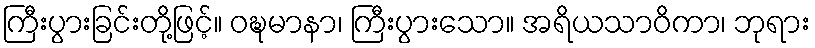
ကြီးပွားခြင်းတို့ဖြင့်။ ဝဍ္ဎမာနာ၊ ကြီးပွားသော။ အရိယသာဝိကာ၊ ဘုရား